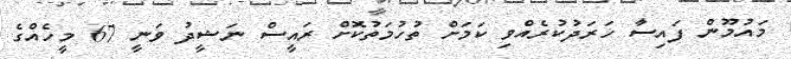
މައުމޫން ފައިސާ ހަރަދުކުރެއްވި ކަމަށް ތުހުމަތުކޮށް ރައީސް ނަޝީދު ވަނީ 67 މީހެއްގެ